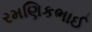
રમણિકભાઈ